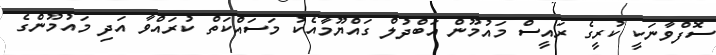
ސޮފްވާނަކީ ކުރީގެ ރައީސް މައުމޫން އަބްދުލް ގައްޔޫމާއެކު މަސައްކަތް ކުރައްވާ އަދި މައުމޫންގެ